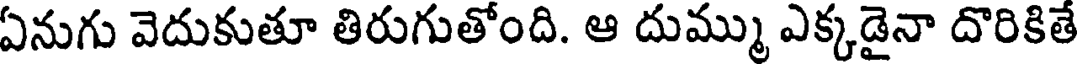
ఏనుగు వెదుకుతూ తిరుగుతోంది. ఆ దుమ్ము ఎక్కడైనా దొరికితే